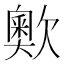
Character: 𣤡